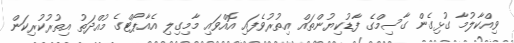
ވިއްކާލުމާ ގުޅިގެން ގާސިމްގެ ފާޑުކިޔުންތައް އިތުރުވެފައި އޮއްވައި މާމިގިލި އެއާޕޯޓްގެ މުއްދަތު އިތުރުކުރިކަން